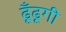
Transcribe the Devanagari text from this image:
ढूँढूगी